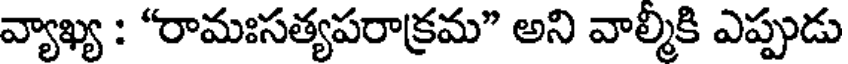
వ్యాఖ్య : "రామఃసత్యపరాక్రమ" అని వాల్మీకి ఎప్పుడు